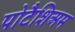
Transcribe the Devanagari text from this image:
पोटैशिअम